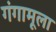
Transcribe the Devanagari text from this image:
गंगामूला